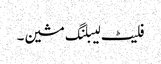
فلیٹ لیبلنگ مشین۔